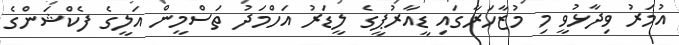
އުމަރު ވިދާޅުވީ މި މުޒާހަރާގައި ޑީއާރުޕީގެ ލީޑަރު އަހްމަދު ތަސްމީން އަލީގެ ފެކްޝަންގެ